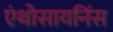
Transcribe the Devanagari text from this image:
एंथोसायनिंस